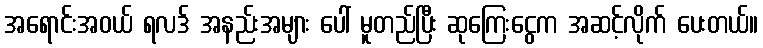
အရောင်းအဝယ် ရလဒ် အနည်းအများ ပေါ် မူတည်ပြီး ဆုကြေးငွေက အဆင့်လိုက် ပေးတယ်။